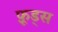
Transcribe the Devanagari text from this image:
फ़ूड्स